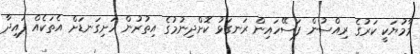
މާމުޔަކީ ކަރުގެ ރިއްސުން ފަސޭހައިން ރަނގަޅު ކޮށްދިނުމުގެ އިތުރުން ހަށިގަނޑަށް އެތަކެއް ފައިދާ